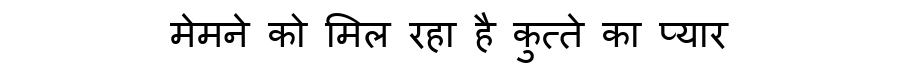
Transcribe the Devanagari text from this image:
मेमने को मिल रहा है कुत्ते का प्यार